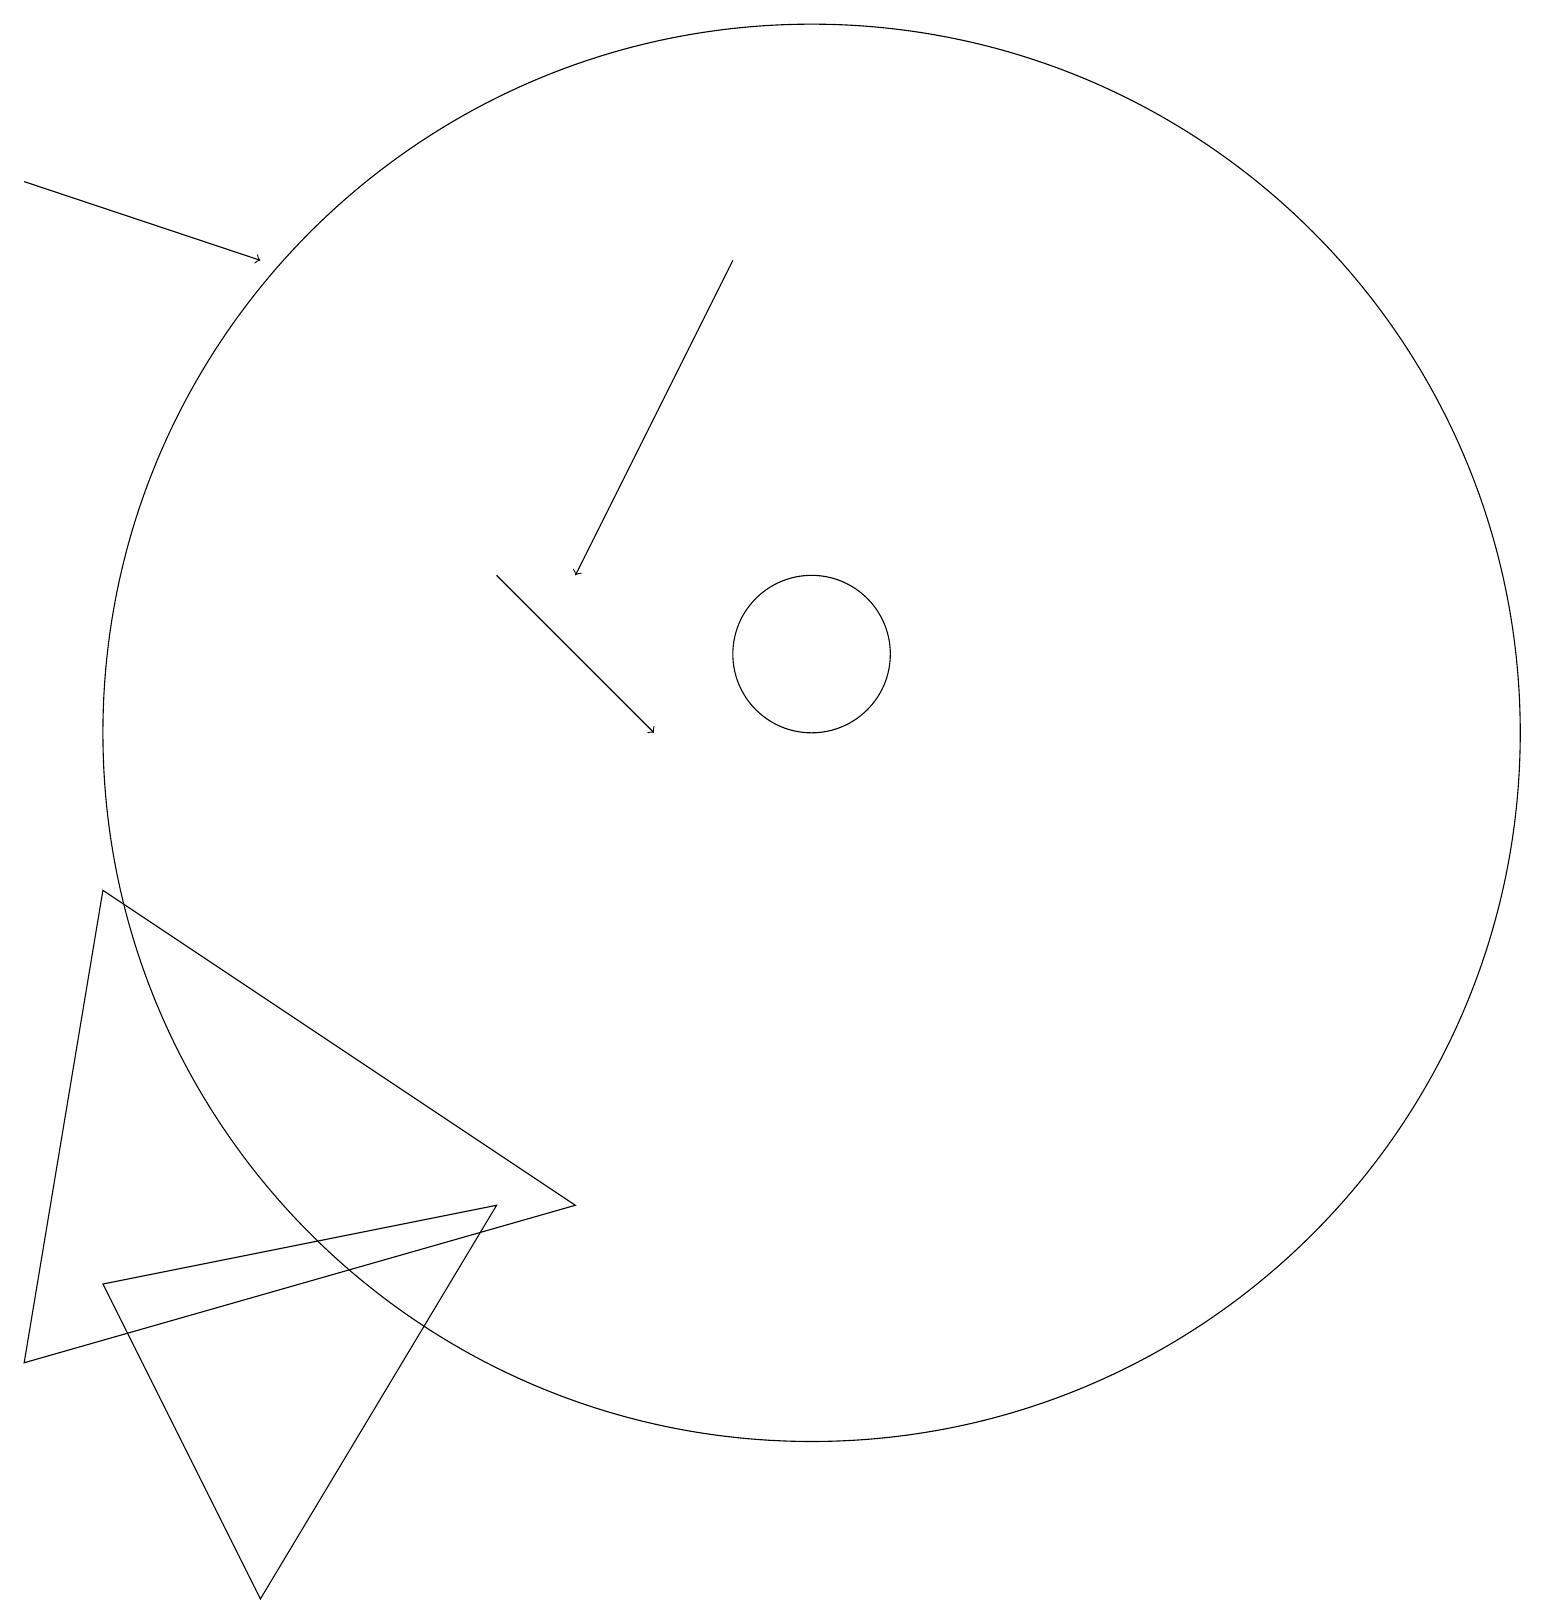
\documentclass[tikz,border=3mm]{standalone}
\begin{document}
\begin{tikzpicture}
\draw[->] (9,17) -- (7,13);
\draw (10,12) circle (1);
\draw[->] (0,18) -- (3,17);
\draw (3,0) -- (6,5) -- (1,4) -- cycle;
\draw[->] (6,13) -- (8,11);
\draw (10,11) circle (9);
\draw (1,9) -- (0,3) -- (7,5) -- cycle;
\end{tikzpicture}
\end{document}